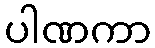
ပါဏကာ